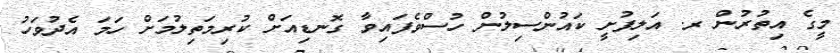
މީގެ އިތުރުން ރ. އަލިފުށީ ކައުންސިލުން ހުސްވެފައިވާ ގޮނޑިއަށް ކުރިމަތިލުމަށް ހަމަ އެދުވަހު